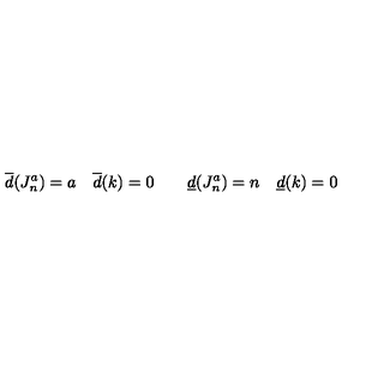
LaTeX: \overline { { d } } ( J _ { n } ^ { a } ) = a \quad \overline { { d } } ( k ) = 0 \qquad \underline { { d } } ( J _ { n } ^ { a } ) = n \quad \underline { { d } } ( k ) = 0